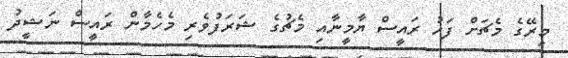
މިރޭގެ މެޗަށް ފަހު ރައީސް ޔާމީނާއި މެޗުގެ ޝަރަފުވެރި މެހެމާން ރައީސް ނަޝީދު